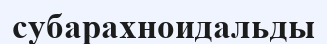
субарахноидальды